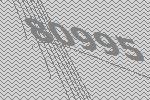
80995